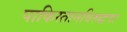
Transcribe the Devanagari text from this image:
पाकिस्तानविरुद्धचा